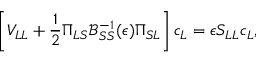
\left[ V _ { L L } + \frac { 1 } { 2 } \Pi _ { L S } \mathcal { B } _ { S S } ^ { - 1 } ( \epsilon ) \Pi _ { S L } \right] c _ { L } = \epsilon S _ { L L } c _ { L } ,